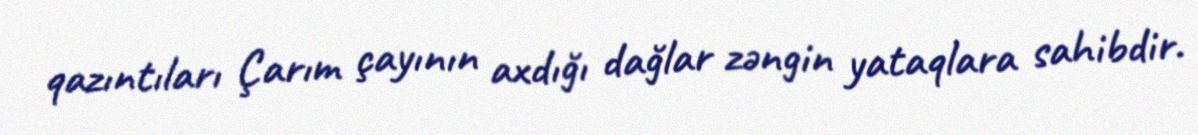
qazıntıları Çarım çayının axdığı dağlar zəngin yataqlara sahibdir.